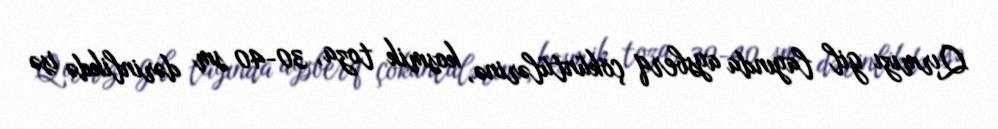
Qırmızı gil layında aysberq çöküntülərinə, kosmik toza, 30-40 sm dərinlikdə isə